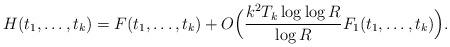
LaTeX: \begin{align*}H(t_1,\dots,t_k)&=F(t_1,\dots,t_k)+O\Bigl(\frac{k^2 T_k \log\log{R}}{\log{R}}F_1(t_1,\dots,t_k)\Bigr).\end{align*}